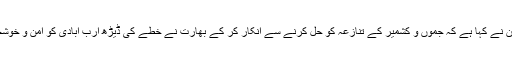
08 فروری2017ء) پاکستان نے کہا ہے کہ جموں و کشمیر کے تنازعہ کو حل کرنے سے انکار کر کے بھارت نے خطے کی ڈیڑھ ارب آبادی کو امن و خوشحالی سے محروم کر دیا ہے۔